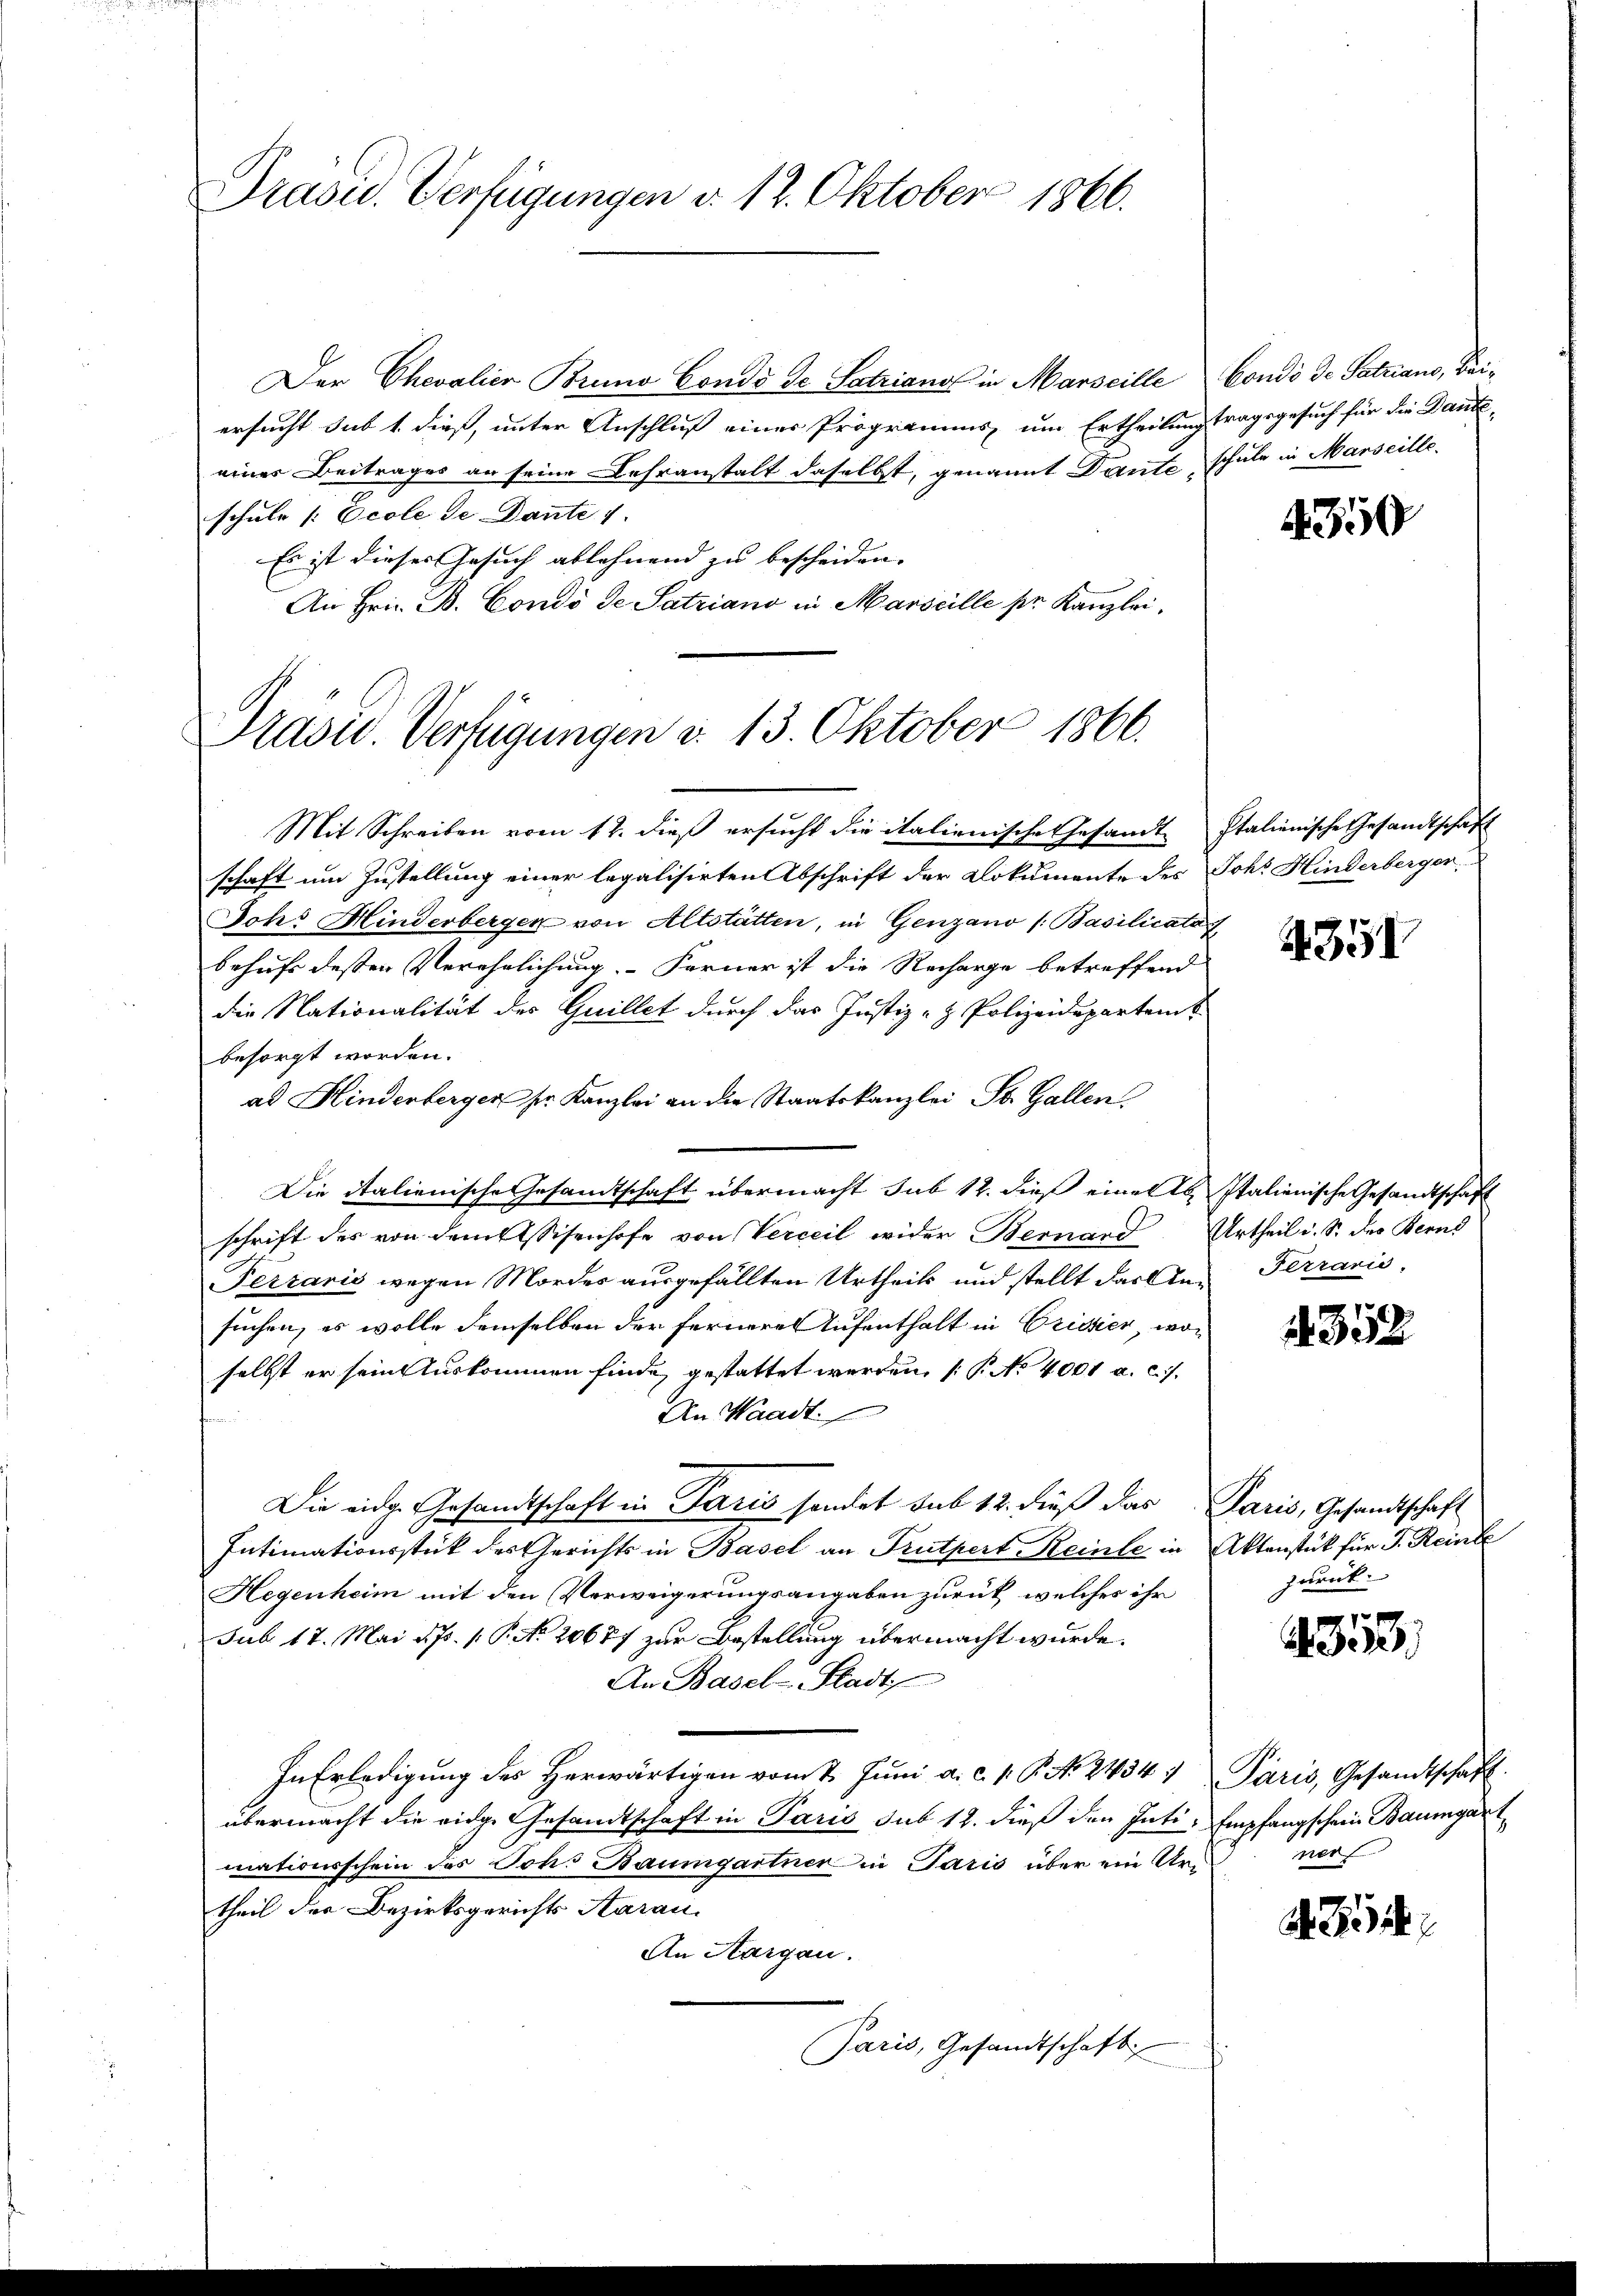
Präsid. Verfügungen d. 12. Oktober 1866.

Der Chevalien Bruno Condo de Satziano in Marseille
ersucht sub 1. dieß, unter Anschluß einer Programms, um Ertheilung tragsgesuch für die Dante-
einer Beitrages an seine Lehranstalt daselbst, genannt Dante schule in Marseille.
schule /: Ecole de Dante 1.
Es ist dieses Gesuch ablehnend zu bescheiden. |
An Fri. B. Condo de Satziano in Marseille pr. Kanzlei,
Prasis. Verfügungen d. 13. Oktober 1866.

Mit Schreiben vom 12. dieß ersucht die italienische Gesandt Italienische Gesandtschaft
schaft um Zustellung einer legalisirten Abschrift der Dokumente des Joh. Hinderberger
Dohs Minderbergen von Altstätten, in Genzano (Basilicata
behufs dessen Verehelichung. Ferner ist die Recharge betreffend
die Nationalität des Guillet durch das Justiz- & Polizeidepartem
besorgt worden.
ad Hinderberger sr. Kanzlei an die Staatskanzlei St. Gallen.
Die italienische Gesandtschaft übermacht sub 12. dieß einer Italienische Gesandtschaft
schrift des von dem Assisenhofe von Verweil wider Bernard Urtheil i. S. des Berns
Ferraris wegen Mordes ausgefällten Urtheils und stellt darten Terraris,
suchen, es wolle demselben der fernere Aufenthalt in Crisier, woselbst er sein Auskommen finde, gestattet werden, (P No 4001 a. c.
An Waadt
Die eidg. Gesandtschaft in Paris sondet sub 12. dieß das Paris, Gesandtschaft
Intimationsstück des Gerichts in Basel an Trutpert Reinte in Aktenstück für J. Reinle
Hegenheim mit den Verweigerungsangaben zurück, welches ihr
sub 17. Mai d. Js. 1. P. No 20677 zur Bestellung übermacht wurde.
An Basel-Stadt
In Erledigung des Herwärtigen vom 1. Jŭni a. c. 1. P. N. 2434 1 Paris, Gesandtschaft.
übermacht die eidg. Gesandtschaft in Paris sub 12. dieß den Inti- Empfangschein Baumgart
mationsschein des Joh. Baumgartner in Paris über ein Urtheil der Bezirksgerichts Aarau
An Aargau.
Jaris, Gesandtschaft

Condi de Patriaus, Bei¬

350

351

352

zurück.

813.

ner

a. 25